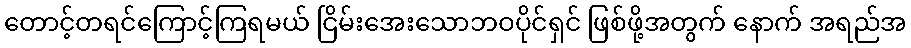
တောင့်တရင်ကြောင့်ကြရမယ် ငြိမ်းအေးသောဘဝပိုင်ရှင် ဖြစ်ဖို့အတွက် နောက် အရည်အ